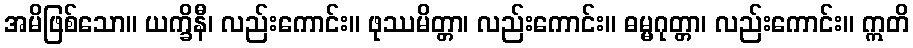
အမိဖြစ်သော။ ယက္ခိနီ၊ လည်းကောင်း။ ဖုဿမိတ္တာ၊ လည်းကောင်း။ ဓမ္မဂုတ္တာ၊ လည်းကောင်း။ ဣတိ